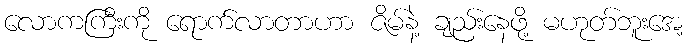
လောကကြီးကို ရောက်လာတာဟာ ဇိမ်နဲ့ ချည်းနေဖို့ မဟုတ်ဘူးအေ့